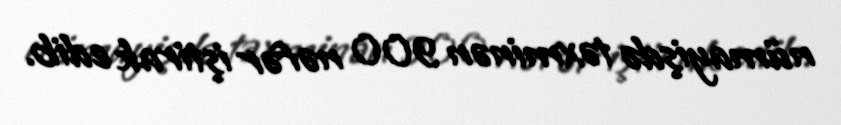
nümayişdə təxminən 900 nəfər iştirak edib.